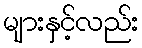
များနှင့်လည်း